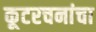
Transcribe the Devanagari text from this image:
कूटरचनांचा